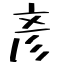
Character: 彥